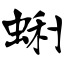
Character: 蜊